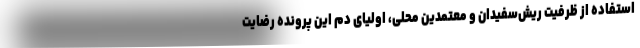
استفاده از ظرفیت ریش‌سفیدان و معتمدین محلی، اولیای دم این پرونده رضایت